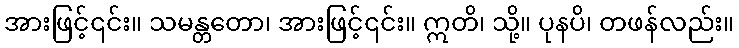
အားဖြင့်၎င်း။ သမန္တတော၊ အားဖြင့်၎င်း။ ဣတိ၊ သို့။ ပုနပိ၊ တဖန်လည်း။